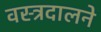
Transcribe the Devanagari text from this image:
वस्त्रदालने